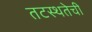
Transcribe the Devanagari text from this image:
तटस्थतेची